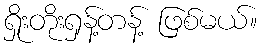
ရှိုးတိုးရှန့်တန့် ဖြစ်မယ်။